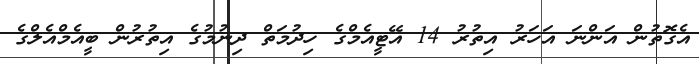
އެގޮތުން އަންނަ އަހަރު އިތުރު 14 އޭޓީއެމްގެ ހިދުމަތް ދިނުމުގެ އިތުރުން ބީއެމްއެލްގެ